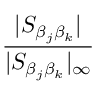
\frac { | S _ { \beta _ { j } \beta _ { k } } | } { | S _ { \beta _ { j } \beta _ { k } } | _ { \infty } }